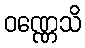
ဝဏ္ဏေသိ